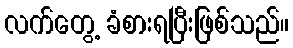
လက်တွေ့ ခံစားရပြီးဖြစ်သည်။